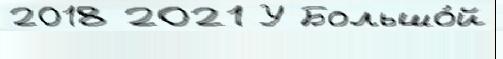
2018 2021 У Большо́й